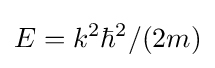
E=k^{2}\hbar ^{2}/(2m)